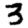
Digit: 3